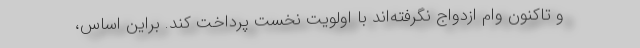
و تاکنون وام ازدواج نگرفته‌اند با اولویت نخست پرداخت کند. براین اساس،